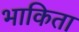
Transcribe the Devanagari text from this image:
भाकिता